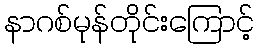
နာဂစ်မုန်တိုင်းကြောင့်